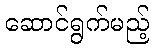
ဆောင်ရွက်မည့်